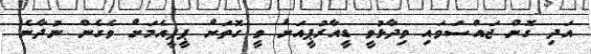
އަދި ގޮން ޖައްސަވައި ވިދާޅުވީ ޑީއާރުޕީއަށް ވީ ގޮތަށް ޕީޕީއެމަށް ވެގެން ނުދާނެ